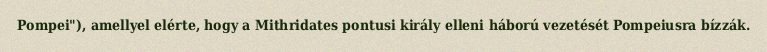
Pompei"), amellyel elérte, hogy a Mithridates pontusi király elleni háború vezetését Pompeiusra bízzák.